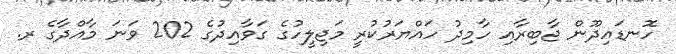
ހޮނޑައިދޫން ޖާބިރާއި ހާމިދު ހައްޔަރުކުރީ މަޖިލީހުގެ ގަވާއިދުގެ 202 ވަނަ މާއްދާގެ ރ.